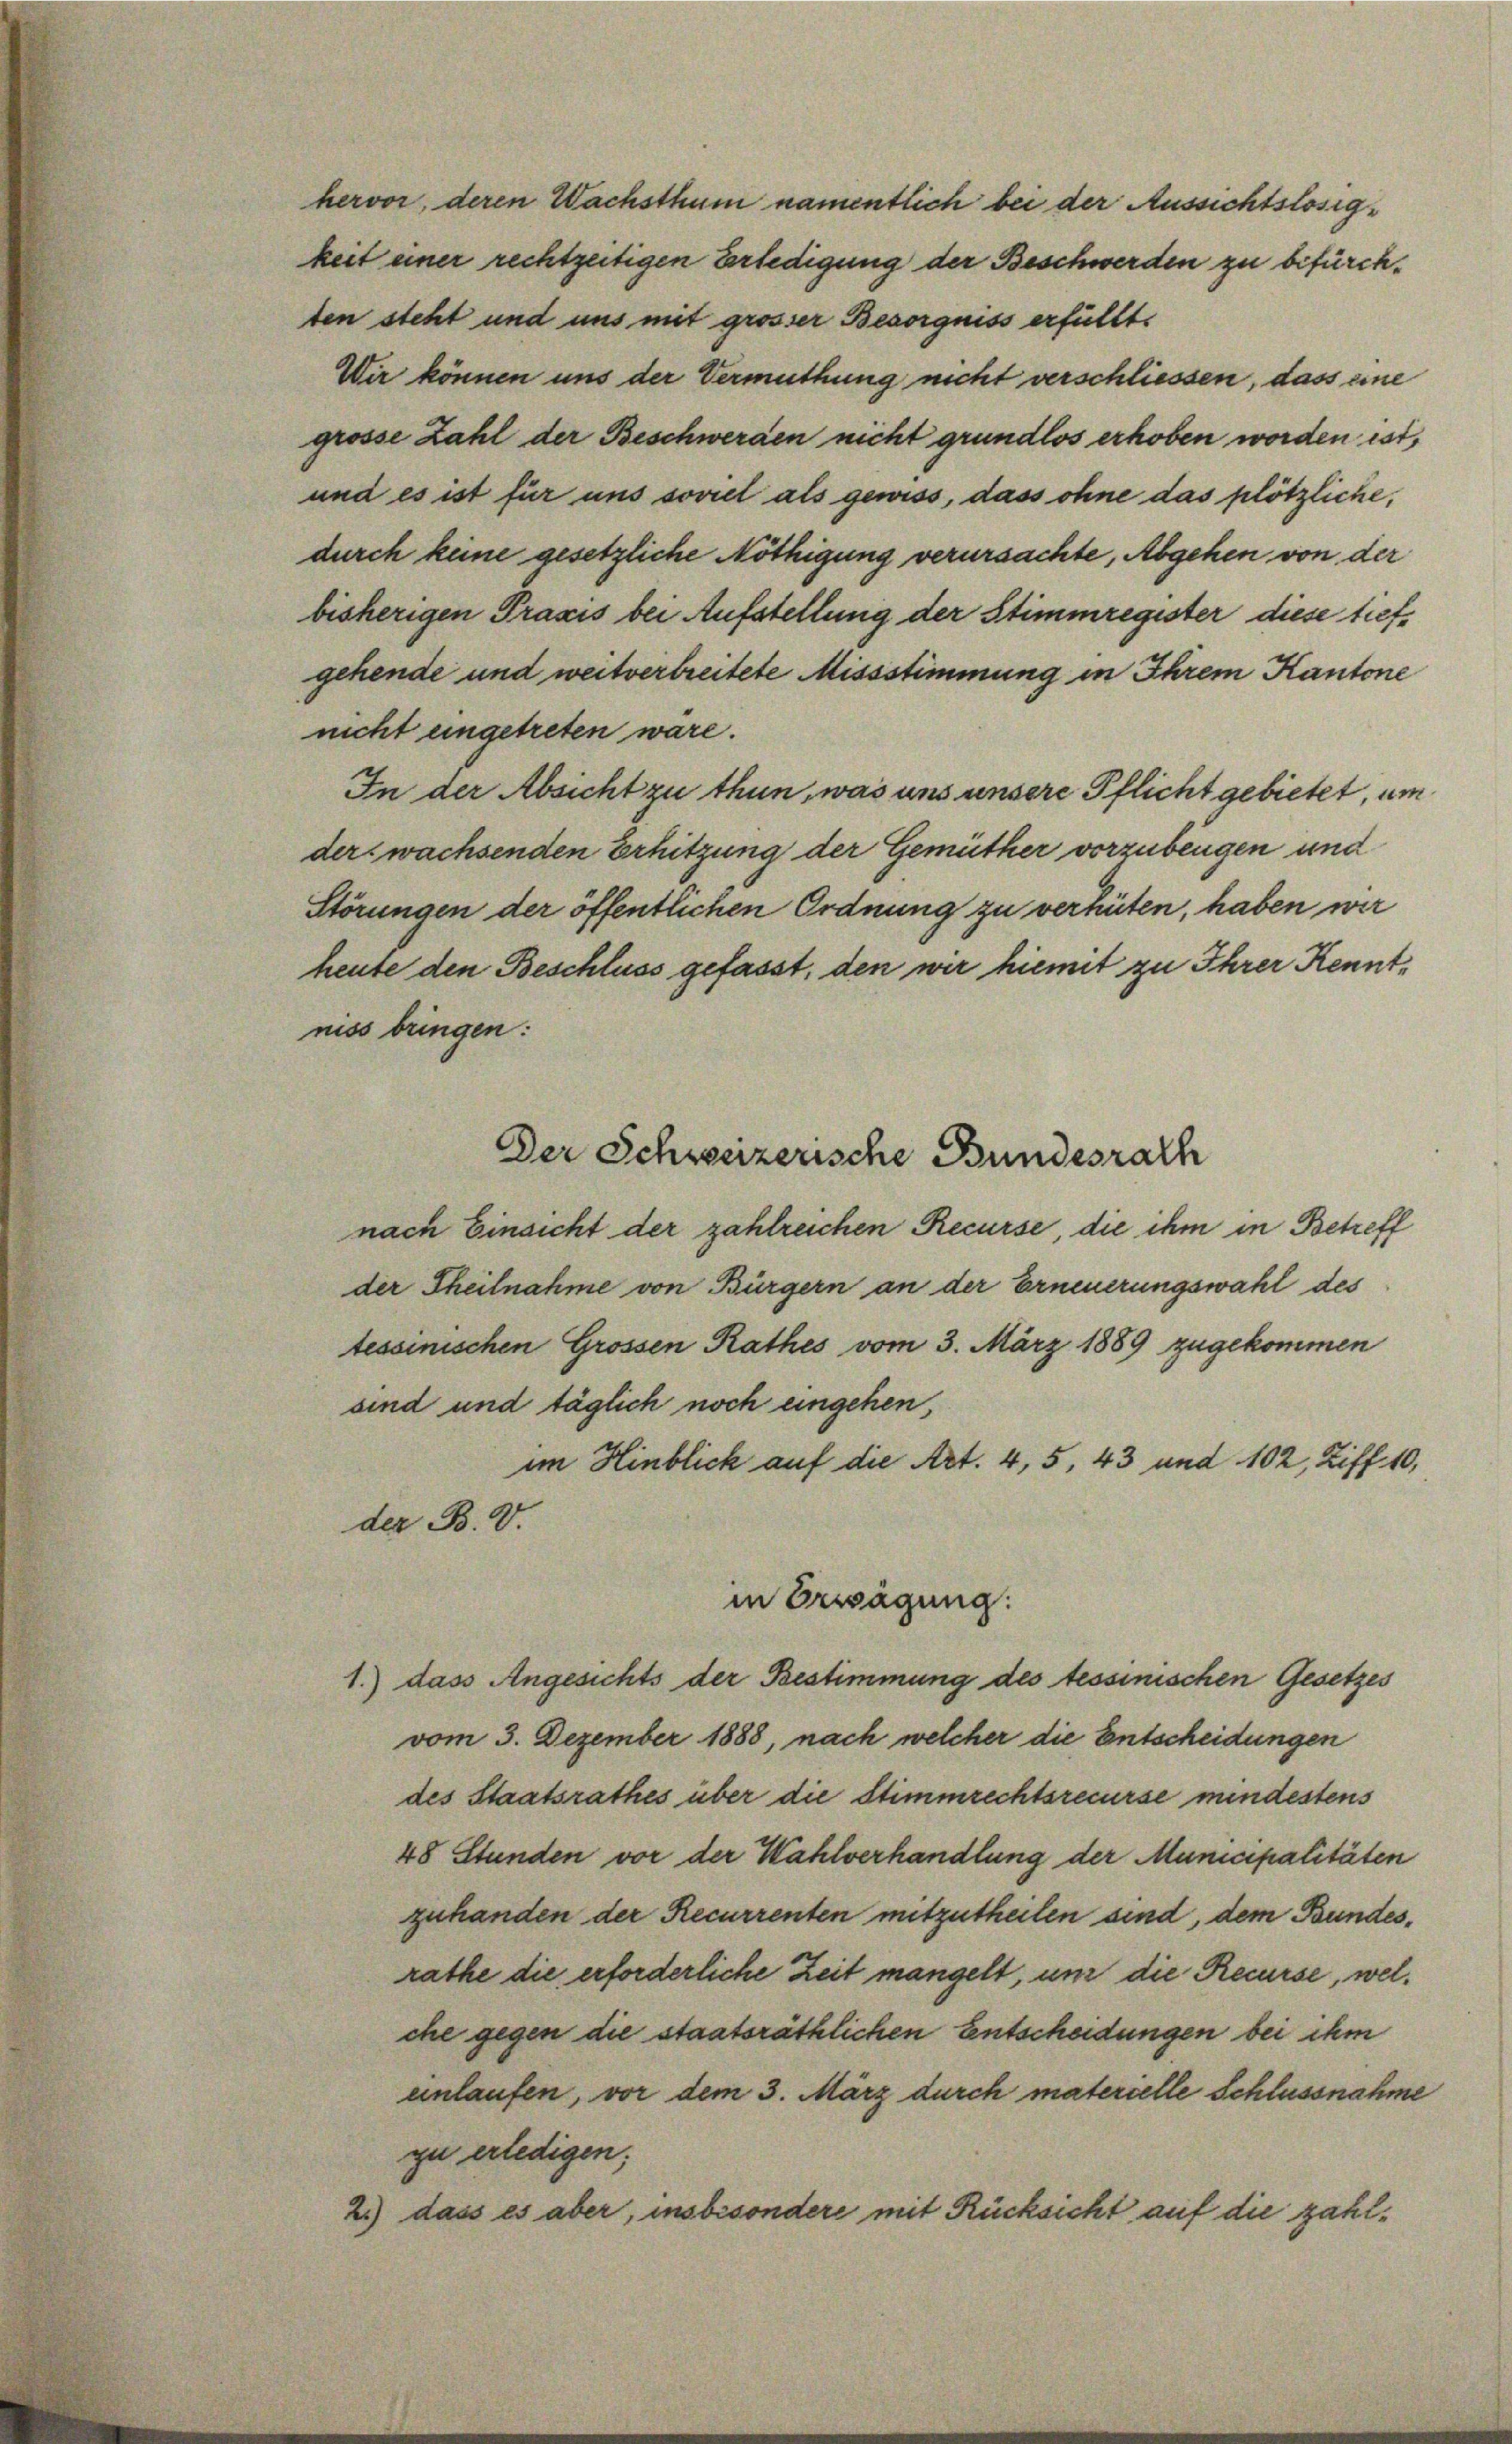
ten steht und uns mit grosser Besorgniss erfüllt.
Wir können uns der Vermuthung nicht verschliessen, dass eine
grosse Zahl der Beschwerden nicht grundlos erhoben worden ist,
und es ist für uns soviel als gewiss, dass ohne das plötzliche,
durch keine gesetzliche Nöthigung verursachte, Abgehen von der
bisherigen Praxis bei Aufstellung der Stimmregister diese tiefgehende und weitverbreitete Missstimmung in Ihrem Kantone
nicht eingetreten wäre.
In der Absicht zu thun, was uns unsere Pflicht gebietet, um
der wachsenden Erhitzung der Gemüther vorzubeugen und
Störungen der öffentlichen Ordnung zu verhüten, haben wir
heute den Beschluss gefasst, den wir hiemit zu Ihrer Kenntniss bringen:
nach Einsicht der zahlreichen Recurse, die ihm in Betreff
der Theilnahme von Bürgern an der Erneuerungswahl des
tessinischen Grossen Rathes vom 3. März 1889 zugekommen
sind und täglich noch eingehen,
im Hinblick auf die Art. 4, 5, 43 und 102, Ziff. 10,
der B. V.
in Erwägung:
1.) dass Angesichts der Bestimmung des tessinischen Gesetzes
vom 3. Dezember 1888, nach welcher die Entscheidungen
des Staatsrathes über die Stimmrechtsrecurse mindestens
48 Stunden vor der Wahlverhandlung der Municipalitäten
zuhanden der Recurrenten mitzutheilen sind, dem Bundesrathe die erforderliche Zeit mangelt, und die Recurse, welche gegen die staatsräthlichen Entscheidungen bei ihm
einlaufen, vor dem 3. März durch materielle Schlussnahme
zu erledigen;
2.) dass es aber, insbesondere mit Rücksicht auf die zahl¬

hervor, deren Wachsthum namentlich bei der Aussichtslosigkeit einer rechtzeitigen Erledigung der Beschwerden zu befürch¬

Der Schweizerische Bundesrath